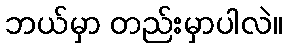
ဘယ်မှာ တည်းမှာပါလဲ။